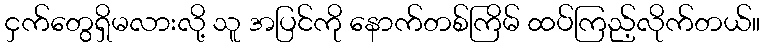
ငှက်တွေရှိမလားလို့ သူ အပြင်ကို နောက်တစ်ကြိမ် ထပ်ကြည့်လိုက်တယ်။